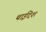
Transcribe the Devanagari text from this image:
थाईदेश